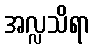
အလ္လသိရာ